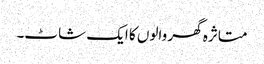
متاثرہ گھر والوں کا ایک شاٹ۔